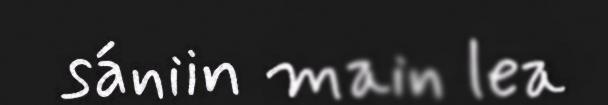
sániin main lea